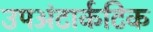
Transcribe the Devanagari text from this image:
उपअंटार्कटिक